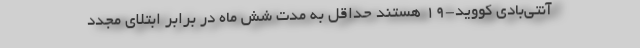
آنتی‌بادی کووید-۱۹ هستند حداقل به مدت شش ماه در برابر ابتلای مجدد